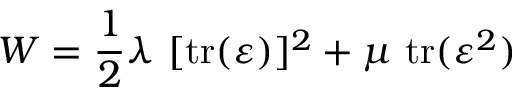
W = { \frac { 1 } { 2 } } \lambda ~ [ \mathrm { t r } ( { \boldsymbol { \varepsilon } } ) ] ^ { 2 } + \mu ~ \mathrm { t r } ( { \boldsymbol { \varepsilon } } ^ { 2 } )